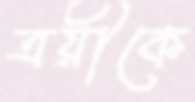
ত্রয়ীকে